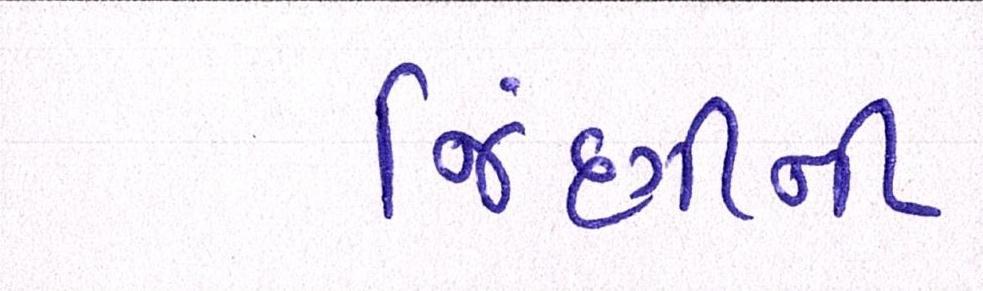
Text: જિંદગીની